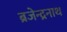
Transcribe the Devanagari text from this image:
ब्रजेन्द्रनाथ